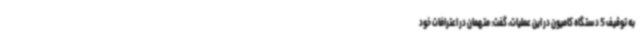
به توقیف 5 دستگاه کامیون در این عملیات، گفت: متهمان در اعترافات خود